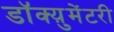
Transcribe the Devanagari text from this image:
डॉक्य़ुमेंटरी